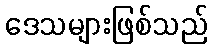
ဒေသများဖြစ်သည်